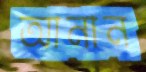
আনান